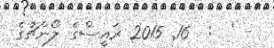
- '  :  16